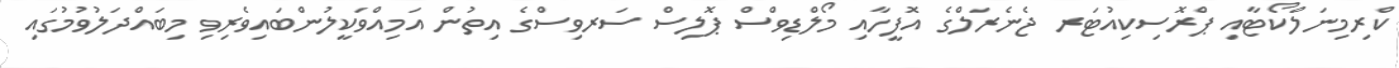
ކްރިމިނަލްކޯޓާއި ޕްރޮސިކިއުޓަރ ޖެނެރަލްގެ އޮފީހާއި މޯލްޑިވްސް ޕޮލިސް ސަރވިސްގެ އިތުން އަމިއްވަކީލުންބައިވެރިވި މިބައްދަލުވުމުގައި